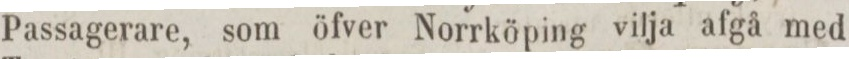
Passagerare, som öfver Norrköping vilja afgå med